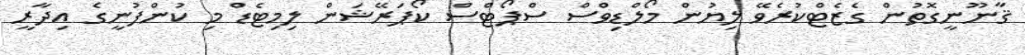
ޤާނޫނީގޮތުން ގެޒެޓްކުރެވޭ ލިޔުން މޯލްޑިވްސް ސްޕޯޓްސް ކޯޕަރޭޝަން ލިމިޓެޑް މި ކުންފުނީގެ އިދާރީ